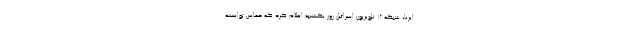
ایرنا، شبکه ۱۲ تلویزیون اسرائیل روز یکشنبه اعلام کرد که حماس توانسته